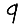
Digit: 9